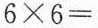
$$6 × 6 =$$